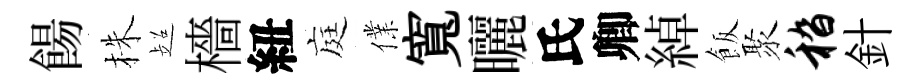
餳株超檣紐庭㒒寬曬氏卿綽飯聚嵇針